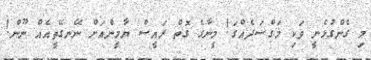
މި ގެންގުޅެނީ ވަކި މަގްސަދެއްގަ! މީނާގެ ގޮތް ރައީސް ޔާމީންއަށް ނޭނގޭތީއެއް ނޫން!